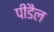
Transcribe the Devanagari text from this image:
पीडैल